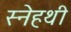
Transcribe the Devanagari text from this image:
स्नेहथी